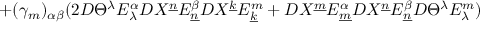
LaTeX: + ( \gamma _ { m } ) _ { \alpha \beta } ( 2 D \Theta ^ { \lambda } E _ { \lambda } ^ { \alpha } D X ^ { \underline { { { n } } } } E _ { \underline { { { n } } } } ^ { \beta } D X ^ { \underline { { { k } } } } E _ { \underline { { { k } } } } ^ { m } + D X ^ { \underline { { { m } } } } E _ { \underline { { { m } } } } ^ { \alpha } D X ^ { \underline { { { n } } } } E _ { \underline { { { n } } } } ^ { \beta } D \Theta ^ { \lambda } E _ { \lambda } ^ { m } )